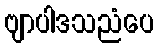
ဗျာပါဒသညံပေ